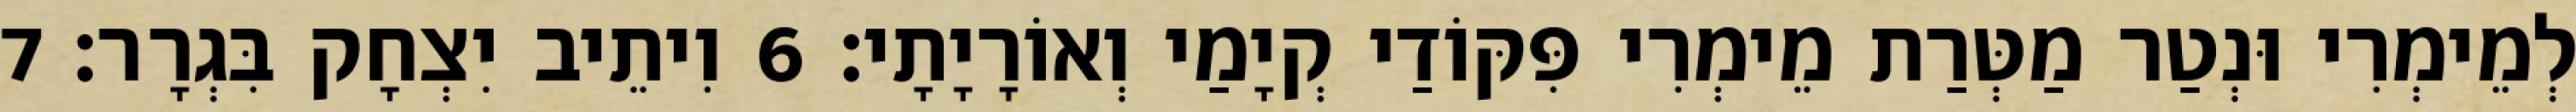
לְמֵימְרִי וּנְטַר מַטְּרַת מֵימְרִי פִּקּוֹדַי קְיָמַי וְאוֹרָיָתָי׃ 6 וִיתֵיב יִצְחָק בִּגְרָר׃ 7